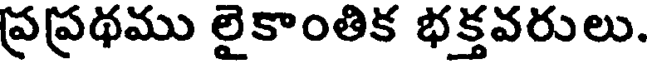
ప్రప్రథము లైకాంతిక భక్తవరులు.